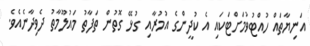
އަނިޔާތައް ހުއްޓުވުމަށްޓަކައި އެ ކުދީންގެ އުމުރާއި ގުޅޭ ގޮތުން ތަފާތު މައުލޫމާތު ދެވިދާނެއެވެ.